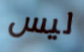
ليس